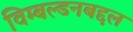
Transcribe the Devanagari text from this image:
विम्बल्डनबद्दल